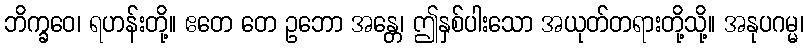
ဘိက္ခဝေ၊ ရဟန်းတို့။ ဧတေ တေ ဥဘော အန္တေ၊ ဤနှစ်ပါးသော အယုတ်တရားတို့သို့။ အနုပဂမ္မ၊